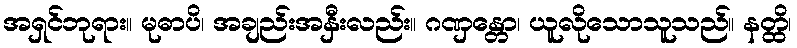
အရှင်ဘုရား။ မုဓာပိ၊ အချည်းအနှီးလည်း။ ဂဏှန္တော၊ ယူလိုသောသူသည်။ နတ္ထိ၊